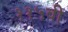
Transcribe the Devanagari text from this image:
११५वी